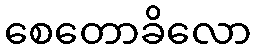
စေတောခိလော